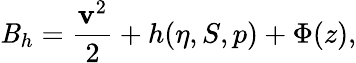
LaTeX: \mathit{B}_{h}=\frac{{{\mathbf{v}}^{2}}}{{2}}+h(\eta,S,p)+\Phi(z),